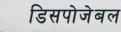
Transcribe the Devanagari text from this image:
डिसपोजेबल